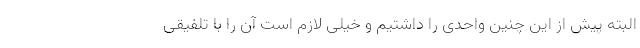
البته پیش از این چنین واحدی را داشتیم و خیلی لازم است آن را با تلفیقی